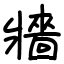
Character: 牆